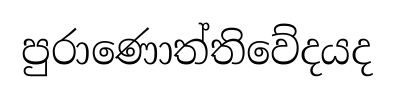
පුරාණොත්තිවේදයද